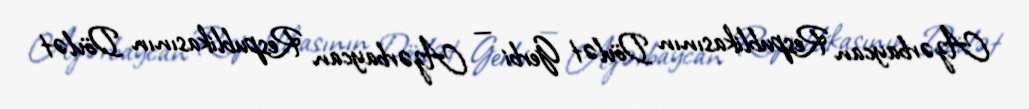
Azərbaycan Respublikasının Dövlət Gerbi — Azərbaycan Respublikasının Dövlət